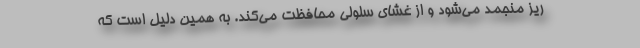
ریز منجمد می‌شود و از غشای سلولی محافظت می‌کند. به همین دلیل است که